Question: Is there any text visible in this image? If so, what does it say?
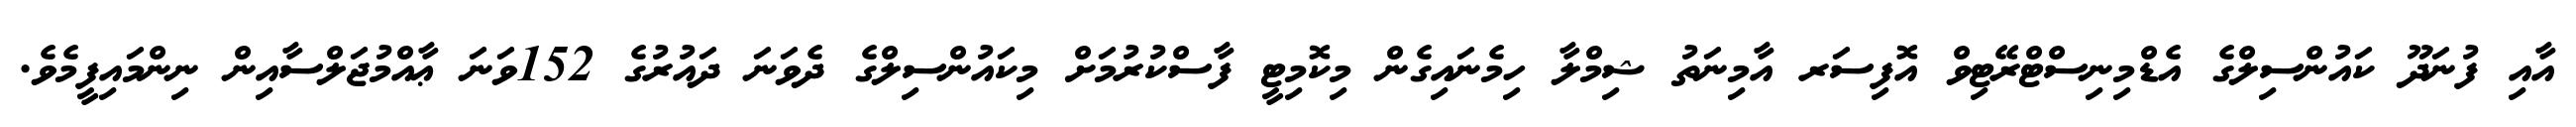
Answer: އާއި ފުނަދޫ ކައުންސިލްގެ އެޑްމިނިސްޓްރޭޓިވް އޮފިސަރ އާމިނަތު ޝިމްލާ ހިމެނައިގެން މިކޮމިޓީ ފާސްކުރުމަށް މިކައުންސިލްގެ ދެވަނަ ދައުރުގެ 152ވަނަ ޢާއްމުޖަލްސާއިން ނިންމައިފީމެވެ.